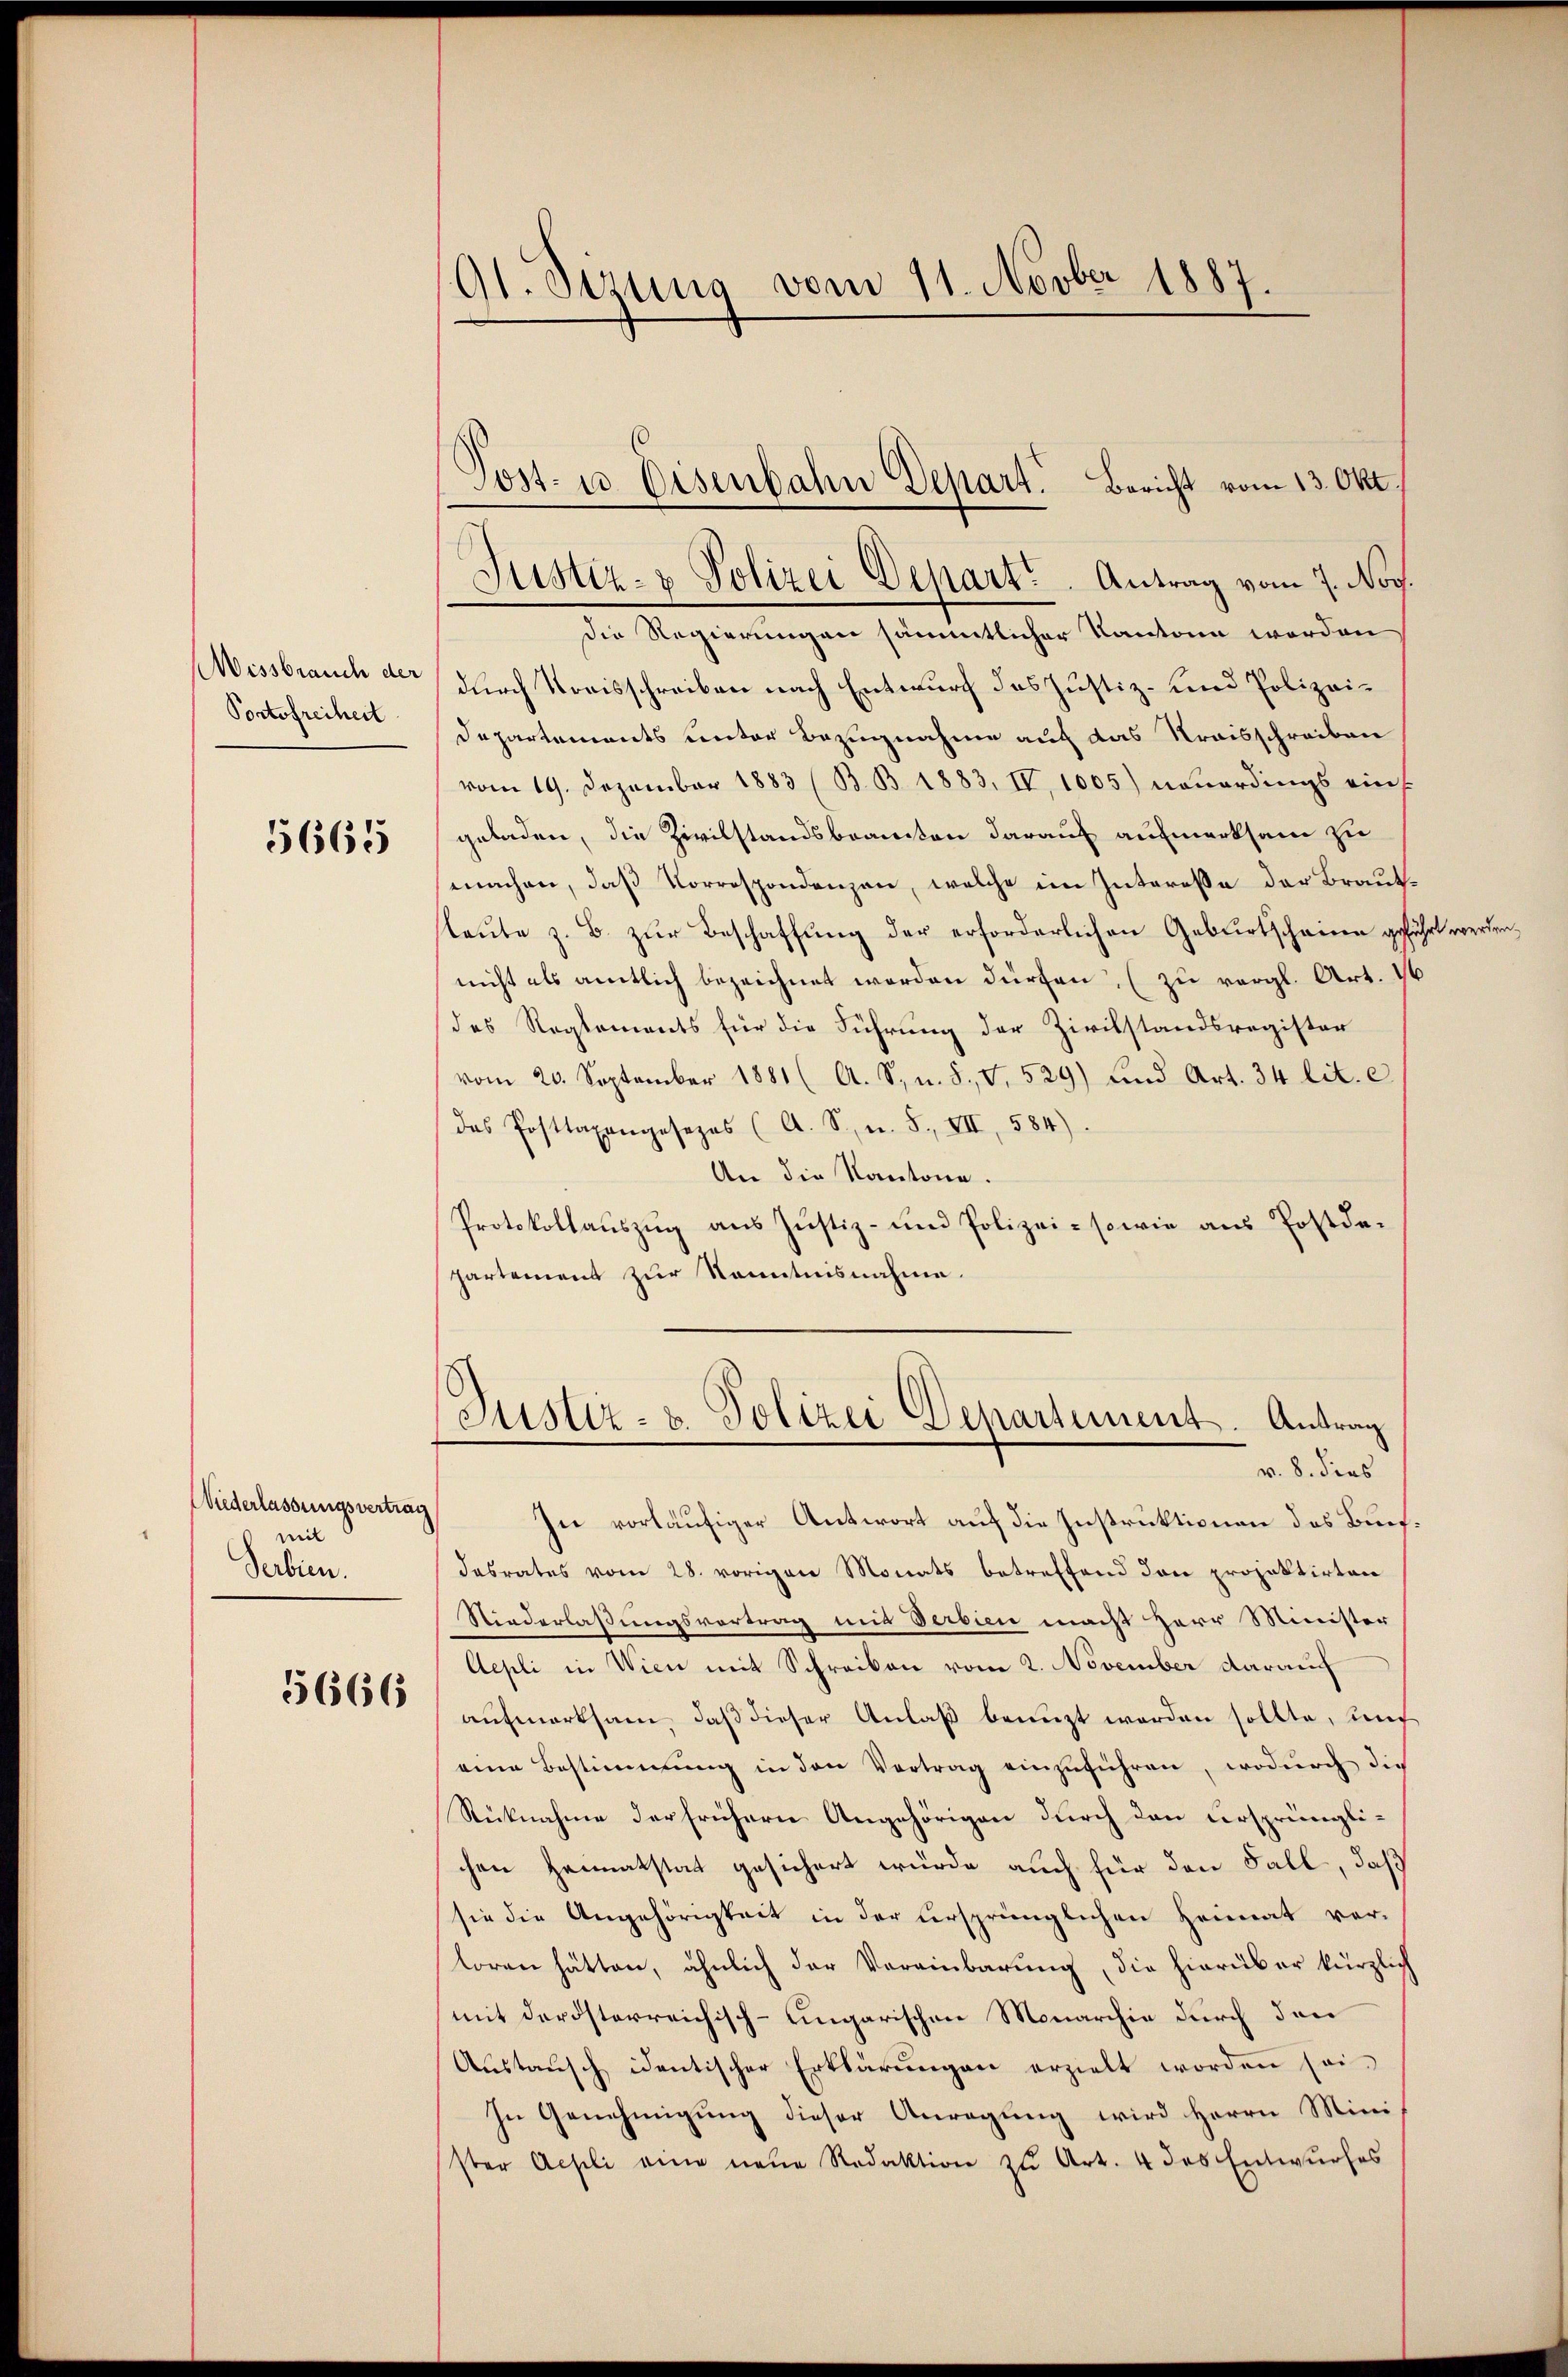
Missbrauch der
Portofreiheit

5665

Niederlassungsvertrag
mit
Serbien.

5666

91. Sizung vom 11. Novber 1887.

Die Regierungen sämmtlicher Kantone werden
durch Kreisschreiben nach Entwurf des Justiz- und Polizei¬
Departements unter Bezugnahme auf das Kraisschreiben
vom 19. Dezember 1883 (B. B. 1883, IV, 1005) neuerdings eint
geladen, die Zivilstandsbeamten darauf aufmerksam zu
machen, daß Korrespondenzen, welche im Interesse der Brautleute z. B. zur Beschaffung der erforderlichen Geburtscheinen geführt werden,
nicht als amtlich bezeichnet werden dürfen, (zu vergl. Art. 46
des Reglements für die Führung der Zivilstandsregister
vom 20. September 1881 (A. S. n. 5. v. 529) und Art. 34 lit. c
das Posttaxengesezes (A. S., n. F. VII, 584).
An die Kantone.
Protokollauszug aus Justiz- und Polizei- sowie aus Postdepartement zur Kenntnisnahme.

Post. u. Eisenbahn Depart. Bericht vom 13. Okt.
Justiz- & Polizei Depart. Antrag vom 7. Nov.

In vorläufiger Antwort auf die Instruktionen des Buchdasrates vom 28. vorigen Monats betreffend den projektirten
Niederlaßungsvortrag mit Verbien macht Herr Minister
Aepli in Wien mit Schreiben vom 2. November darauf
aufmerksam, daß dieser Anlaß benuzt werden sollte, und
eine Bestimmung in den Vertrag einzŭführen, wodŭrch die
Rücknahme der frühern Angehörigen durch den ursprünglichen Heimatstat gesichert würde auch für den Fall, daß
sie die Angehörigkeit in der ursprünglichen Heimat vor-
loren hätten, ähnlich der Vereinbarung, die hierüber kürzlich
mit derösterreichisch-ungarischen Monarchie durch den
Aŭstaŭsch identischer Erklärŭngen erzielt worden sei.
In Genehmigung dieser Anregung wird Herrn Mini-
ster Aesili eine neue Redaktion zu Art. 4 des Entwurfes

Justiz- & Polizei Departement. Antrag
v. 8. dies